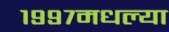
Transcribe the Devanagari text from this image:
१९९७मधल्या